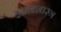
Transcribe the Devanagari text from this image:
ज्ञानशास्त्र